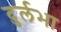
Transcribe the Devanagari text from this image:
दुर्लभा